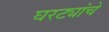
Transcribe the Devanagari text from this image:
घरट्यांचे